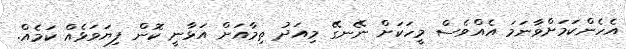
އެހެންކަމަށްވާނަމަ އެއްވެސް މީހަކަށް ނޭނގޭ މިއަދު ތިމާއަށް އަޅާނީ ކޮން ފިޔަވަޅެއް ކަމެއް.